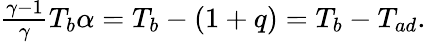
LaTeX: \begin{array}{r}{\frac{\gamma-1}{\gamma}T_{b}\alpha=T_{b}-(1+q)=T_{b}-T_{ad}.}\end{array}